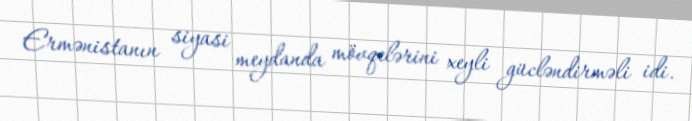
Ermənistanın siyasi meydanda mövqelərini xeyli gücləndirməli idi.